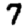
Digit: 7